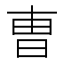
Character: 曺